Annual administration report of the Civil Veterinary Department of India - 1895-1896
Year: 1895
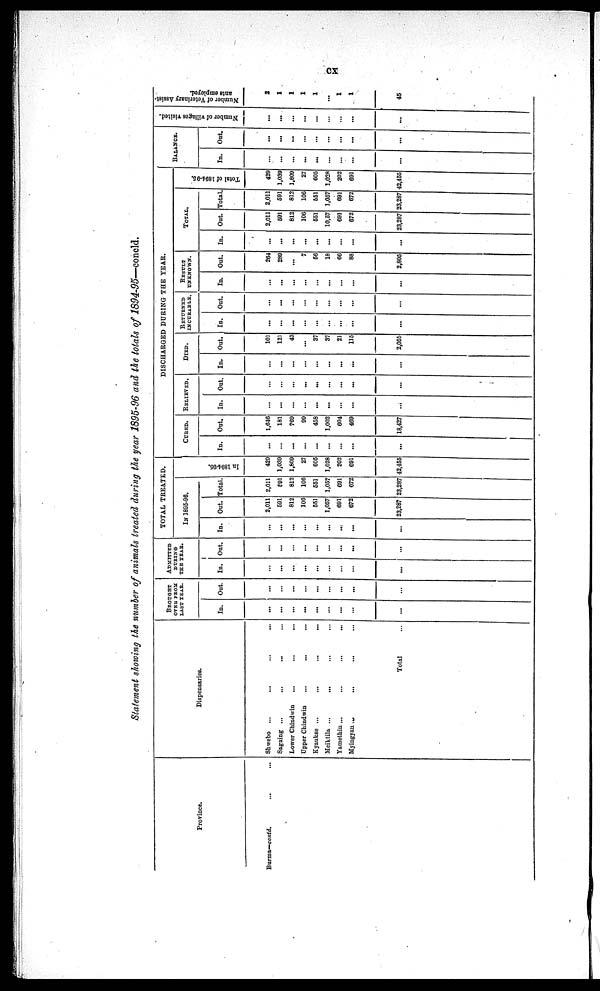
cx
Statement showing the number of animals treated during the year 1895-96 and the totals of 1894-95—concld.
Province.
Burma—contd. ... ...
Dispensaries.
Shwebo ... ... ... ...
Sagaing ... ... ... ...
Lower Chindwin ... ... ...
Upper Chindwin ... ... ...
Kyaukse ... ... ... ...
Meiktila ... ... ... ...
Yamethin ... ... ... ...
Myingyau ... ... ... ...
Total ...
BROUGHT
OVER FROM
LAST YEAR.
In.
...
...
...
...
...
...
...
...
...
Out.
...
...
...
...
...
...
...
...
...
ADMITTED
DURING
THE YEAR.
In.
...
...
...
...
...
...
...
...
...
Out.
...
...
...
...
...
...
...
...
...
TOTAL TREATED.
IN 1895-96.
In.
...
...
...
...
...
...
...
...
...
Out.
2,011
591
812
100
551
1,057
691
672
23,287
Total.
2,011
591
812
106
651
1,057
691
672
23,287
In 1894-95.
429
1,039
1,609
27
605
1,028
202
691
42,455
DISCHARGED DURING THE YEAR.
CURED.
In.
...
...
...
...
...
...
...
...
...
Out.
1,646
181
769
99
458
1,002
604
469
18,427
RELIVED.
In.
...
...
...
...
...
...
...
...
...
Out.
...
...
...
...
...
...
...
...
...
DIED.
In.
...
...
...
...
...
...
...
...
...
Out.
101
121
43
...
37
37
21
115
2,055
RETURNED
INCURABLE
In.
...
...
...
...
...
...
...
...
...
Out.
...
...
...
...
...
...
...
...
...
RESULTS
UNKNOWN.
In.
...
...
...
...
...
...
...
...
...
Out.
264
289
...
7
56
18
66
88
2,805
TOTAL.
In.
...
...
...
...
...
...
...
...
...
Out.
2,011
591
812
106
651
10,57
691
672
23,287
Total.
2,011
691
812
106
551
1,057
691
672
23,287
Tot al of 1894- 95.
429
1,039
1,809
27
605
1,028
202
691
42,465
BALANCE.
In.
...
...
...
...
...
...
...
...
...
Out.
...
...
...
...
...
...
...
...
...
Number of villages visited.
...
...
...
...
...
...
...
...
...
Number of Veterinary Assist-
ants employed.
2
1
1
1
1
...
1
1
45